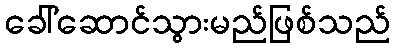
ခေါ်ဆောင်သွားမည်ဖြစ်သည်